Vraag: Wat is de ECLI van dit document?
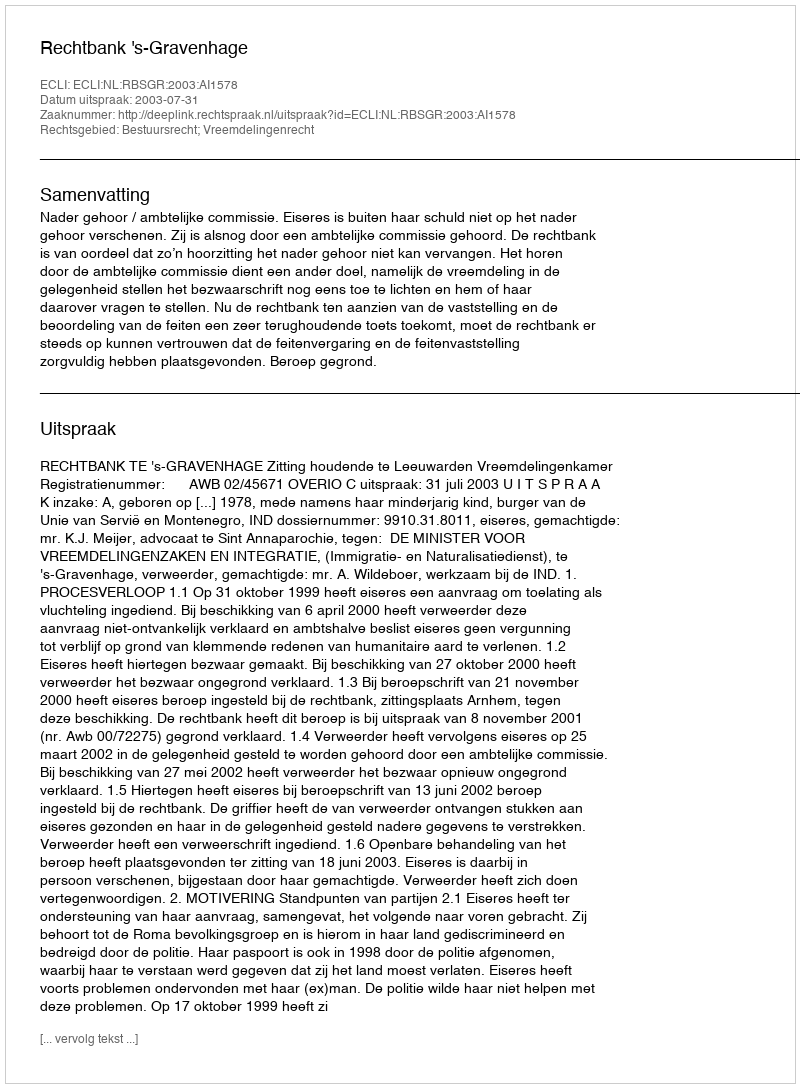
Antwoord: ECLI:NL:RBSGR:2003:AI1578